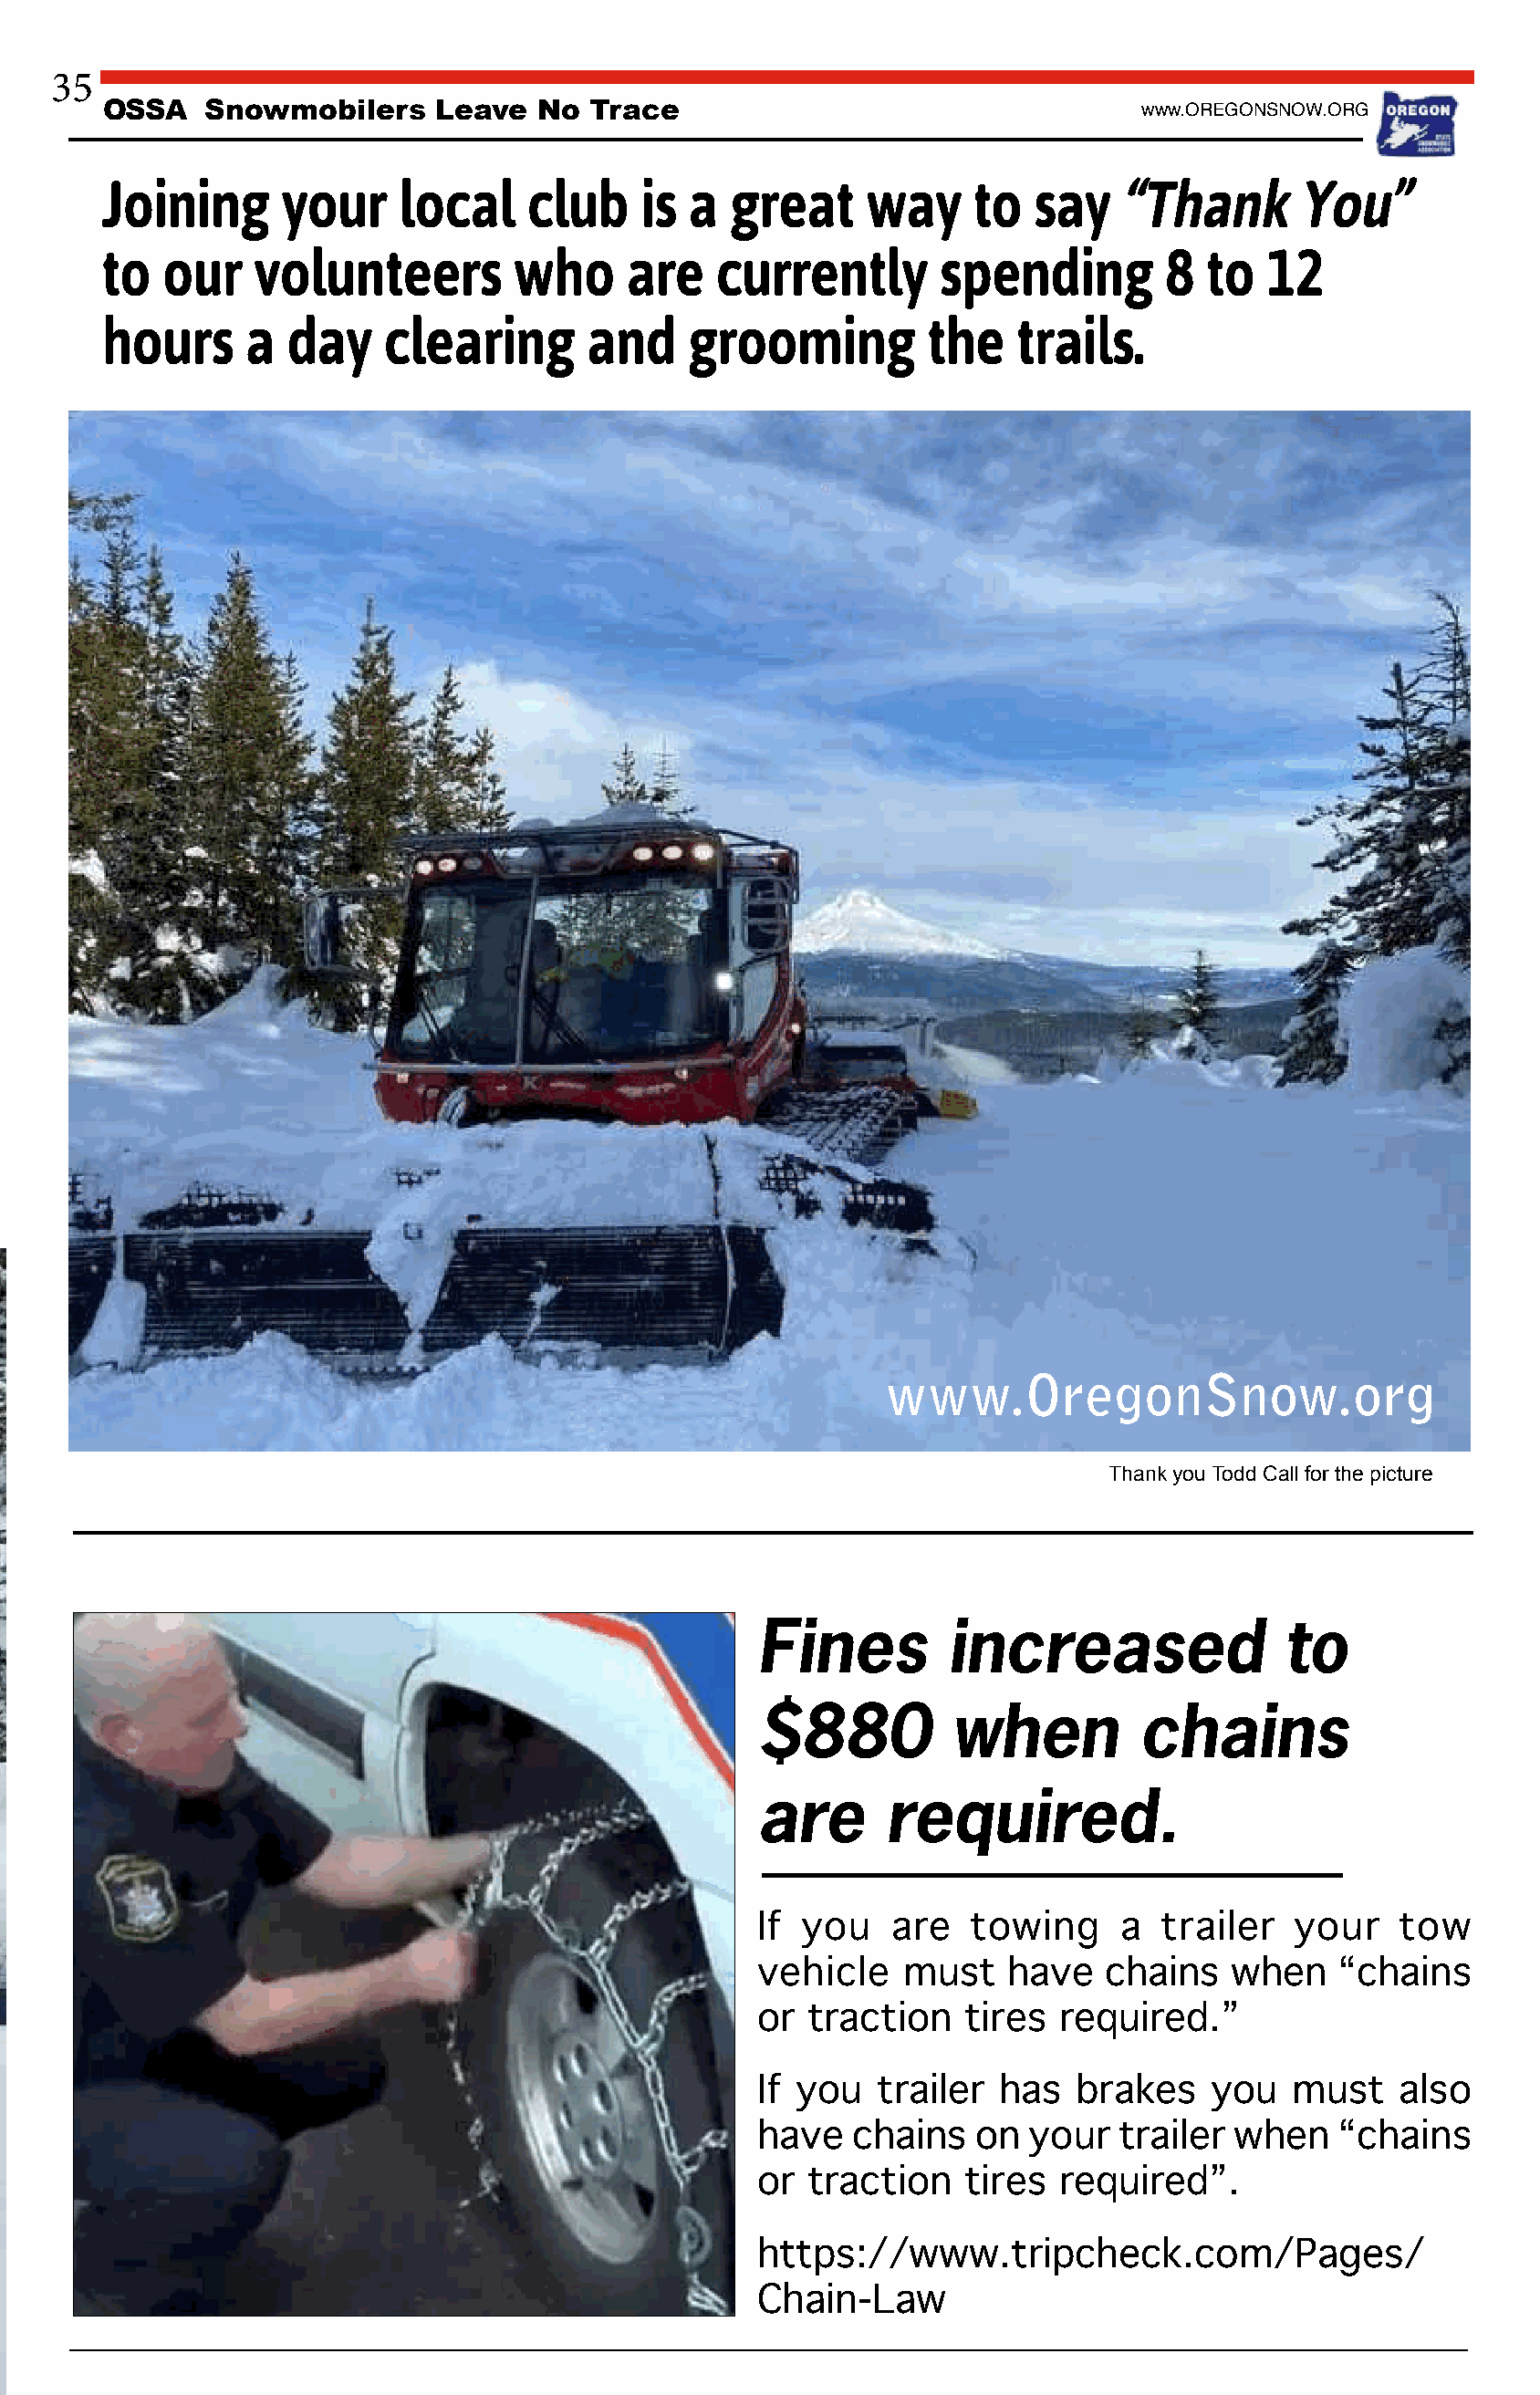
35
 OSSA    Snowmobilers     Leave  No  Trace                                   www.OREGONSNOW.ORG
 Joining      your     local    club    is  a  great     way     to  say   “Thank       You”
 to   our   volunteers         who     are    currently       spending         8 to   12
 hours      a  day    clearing       and    grooming         the    trails.
 www.OregonSnow.org
 Thank you Todd Call for the picture
 Fines         increased               to
 $880          when          chains
 are      required.
 If you    are  towing     a  trailer   your    tow
 vehicle    must   have   chains   when    “chains
 or  traction   tires  required.”
 If you   trailer has   brakes    you   must    also
 have   chains   on  your  trailer  when   “chains
 or  traction   tires  required”.
 https://www.tripcheck.com/Pages/
 Chain-Law